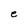
Character: e